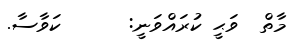
މާތް  ވަޙީ ކުރައްވަނީ:      ކަވާސާ.